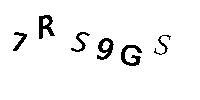
7RS9GS